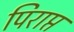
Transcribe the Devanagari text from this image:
पिराप्त